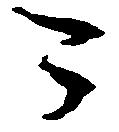
可